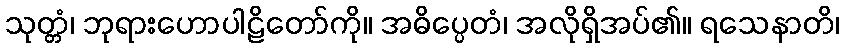
သုတ္တံ၊ ဘုရားဟောပါဠိတော်ကို။ အဓိပ္ပေတံ၊ အလိုရှိအပ်၏။ ရသေနာတိ၊